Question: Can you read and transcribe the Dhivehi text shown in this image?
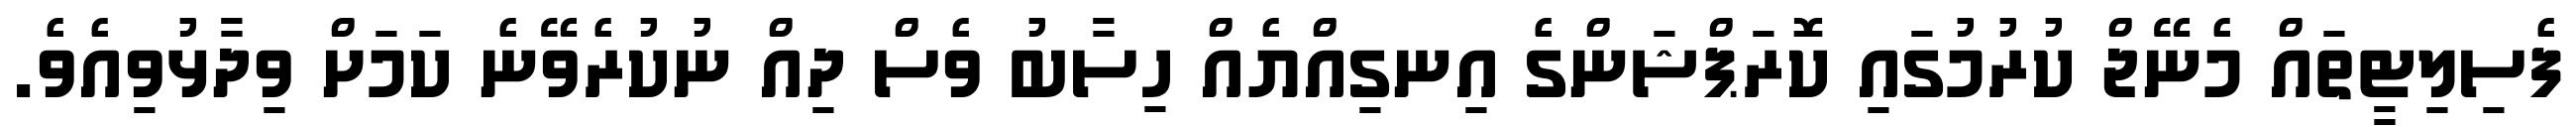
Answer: ފެސިލިޓީތައް މެނޭޖް ކުރުމުގައި ކޮރަޕްޝަންގެ އިނގިއްޔެއް ހިސާބު ވެސް ދިއް ނުކުރެވޭނެ ކަމަށް ވިދާޅުވިއެވެ.